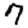
Digit: 7